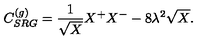
C _ { S R G } ^ { ( g ) } = \frac { 1 } { \sqrt { X } } X ^ { + } X ^ { - } - 8 \lambda ^ { 2 } \sqrt { X } .